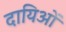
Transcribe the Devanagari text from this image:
दायिओं